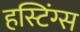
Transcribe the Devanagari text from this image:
हस्टिंग्स